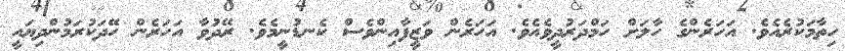
ހިތާމަކުރެއެވެ. އަހަރެންގެ ހާލަށް ހަމްދަރުދީވެއެވެ. އަހަރެން ވަޒީފާއިންވެސް ކެނޑުނީމެވެ. ރޭދުވާ އަހަރެން ހޭދަކުރަމުންދިޔައީ